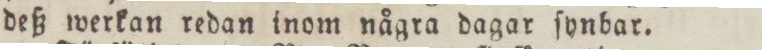
deß werkan redan inom några dagar ſynbar.